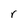
Character: r